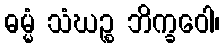
ဓမ္မံ သံဃဉ္စ ဘိက္ခဝေါ၊